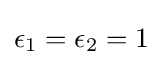
\epsilon _{1}=\epsilon _{2}=1